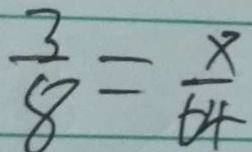
\frac { 3 } { 8 } = \frac { x } { 6 4 }